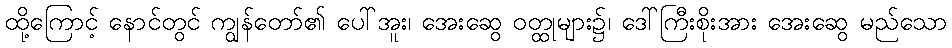
ထို့ကြောင့် နောင်တွင် ကျွန်တော်၏ ပေါ်အူး၊ အေးဆွေ ဝတ္ထုများ၌၊ ဒေါ်ကြီးစိုးအား အေးဆွေ မည်သော